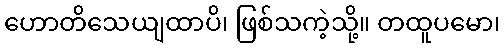
ဟောတိသေယျထာပိ၊ ဖြစ်သကဲ့သို့။ တထူပမော၊